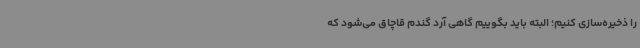
را ذخیره‌سازی کنیم؛ البته باید بگوییم گاهی آرد گندم قاچاق می‌شود که